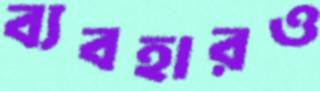
ব্যবহারও